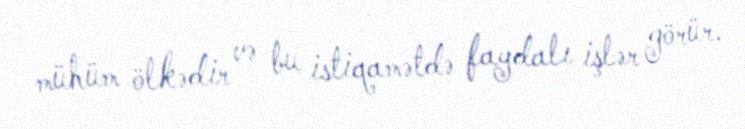
mühüm ölkədir və bu istiqamətdə faydalı işlər görür.